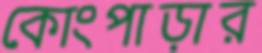
কোংপাড়ার